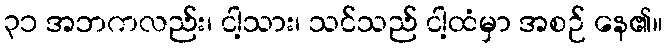
၃၁ အဘကလည်း၊ ငါ့သား၊ သင်သည် ငါ့ထံမှာ အစဉ် နေ၏။